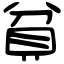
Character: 貧